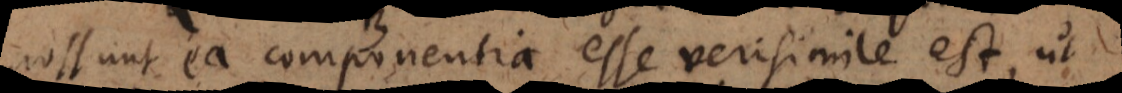
possunt ea componentia esse verisimile est, ut